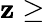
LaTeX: \mathbf{z}\geq